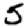
Digit: 5